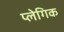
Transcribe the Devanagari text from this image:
प्लेगिक